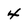
Character: 4